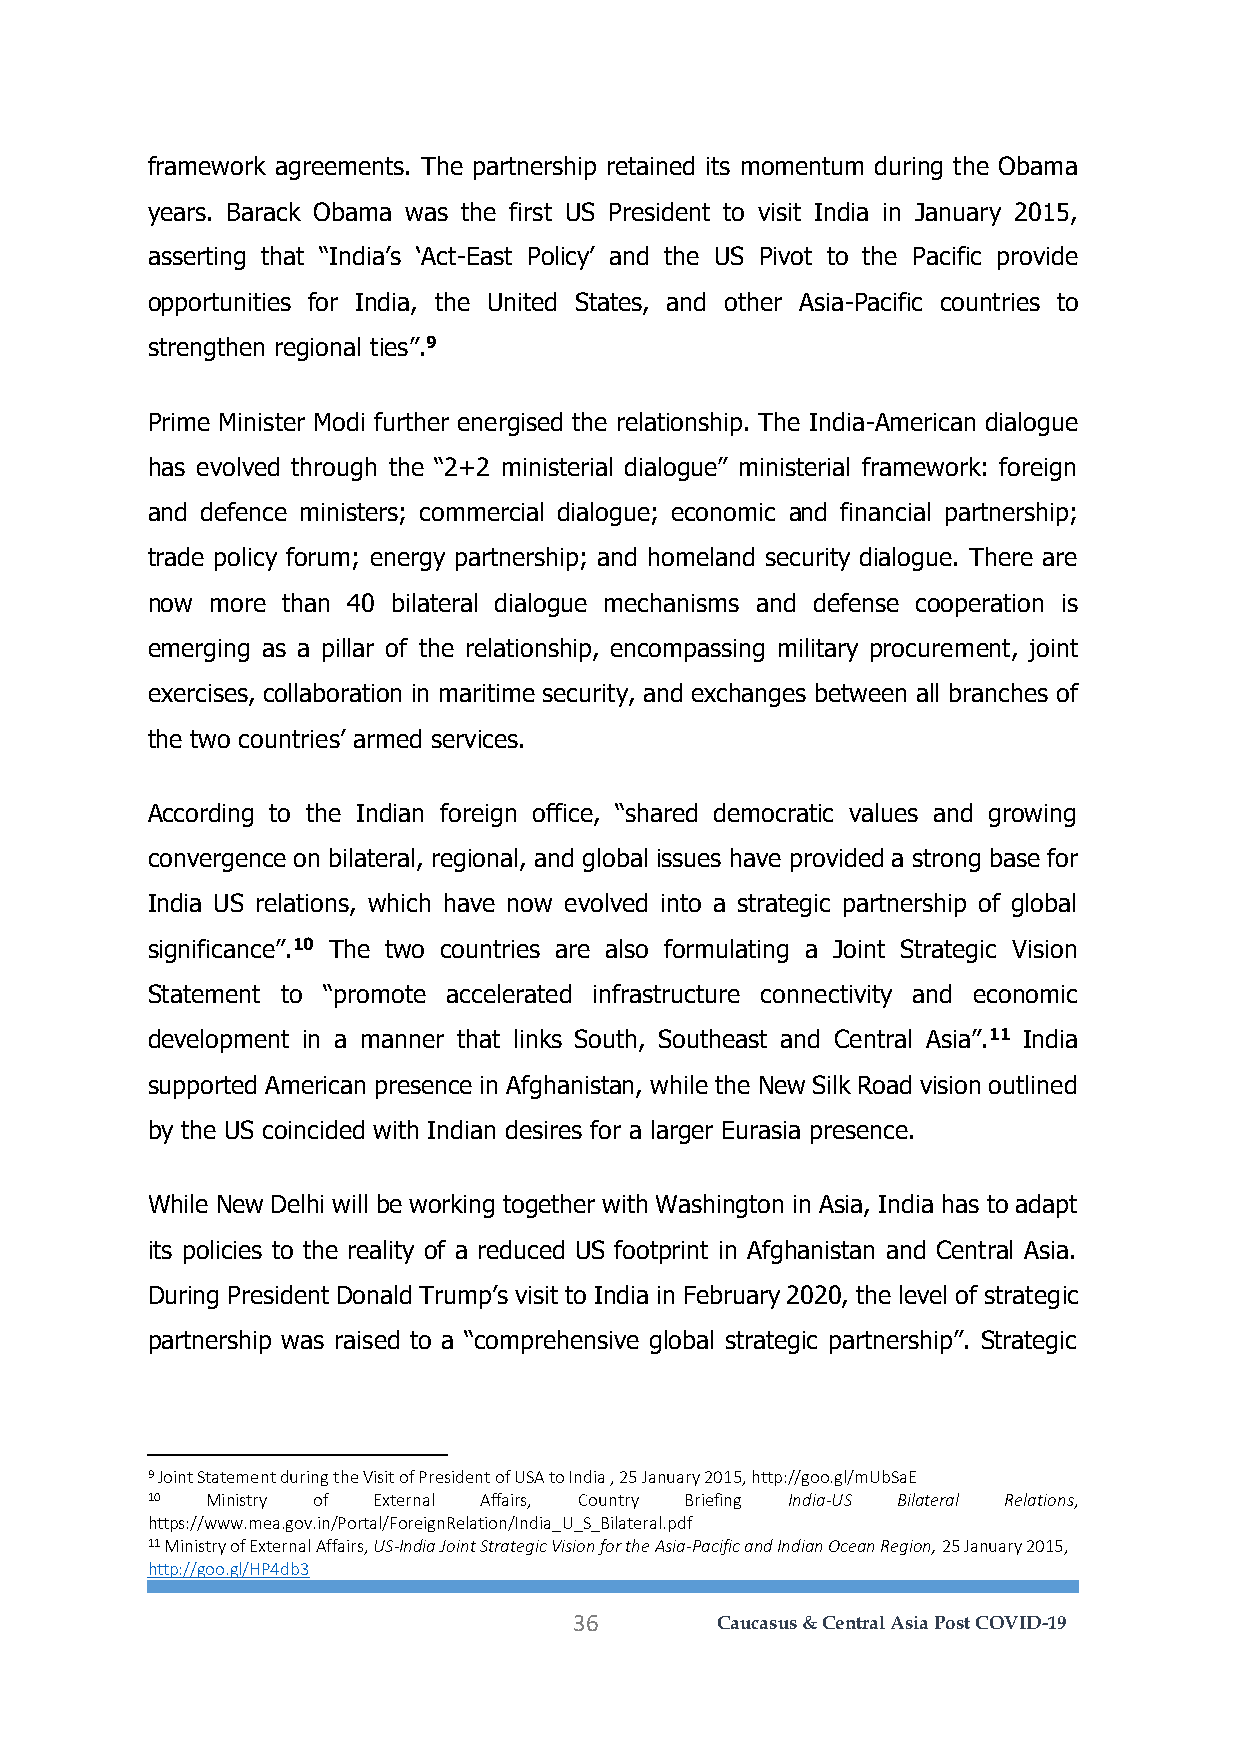
framework agreements. The partnership retained its momentum during the Obama
 years. Barack Obama was the first US President to visit India in January 2015,
 asserting that “India’s ‘Act-East Policy’ and the US Pivot to the Pacific provide
 opportunities for India, the United States, and other Asia-Pacific countries to
 strengthen regional ties”.9
 Prime Minister Modi further energised the relationship. The India-American dialogue
 has evolved through the “2+2 ministerial dialogue” ministerial framework: foreign
 and defence ministers; commercial dialogue; economic and financial partnership;
 trade policy forum; energy partnership; and homeland security dialogue. There are
 now more than 40 bilateral dialogue mechanisms and defense cooperation is
 emerging as a pillar of the relationship, encompassing military procurement, joint
 exercises, collaboration in maritime security, and exchanges between all branches of
 the two countries’ armed services.
 According to the Indian foreign office, “shared democratic values and growing
 convergence on bilateral, regional, and global issues have provided a strong base for
 India US relations, which have now evolved into a strategic partnership of global
 significance”.10 The two countries are also formulating a Joint Strategic Vision
 Statement to “promote accelerated infrastructure connectivity and economic
 development in a manner that links South, Southeast and Central Asia”.11 India
 supported American presence in Afghanistan, while the New Silk Road vision outlined
 by the US coincided with Indian desires for a larger Eurasia presence.
 While New Delhi will be working together with Washington in Asia, India has to adapt
 its policies to the reality of a reduced US footprint in Afghanistan and Central Asia.
 During President Donald Trump’s visit to India in February 2020, the level of strategic
 partnership was raised to a “comprehensive global strategic partnership”. Strategic
 9 Joint Statement during the Visit of President of USA to India , 25 January 2015, http://goo.gl/mUbSaE
 10  Ministry of External Affairs, Country Briefing India-US Bilateral Relations,
 https://www.mea.gov.in/Portal/ForeignRelation/India_U_S_Bilateral.pdf
 11 Ministry of External Affairs, US-India Joint Strategic Vision for the Asia-Pacific and Indian Ocean Region, 25 January 2015,
 http://goo.gl/HP4db3
 36       Caucasus & Central Asia Post COVID-19